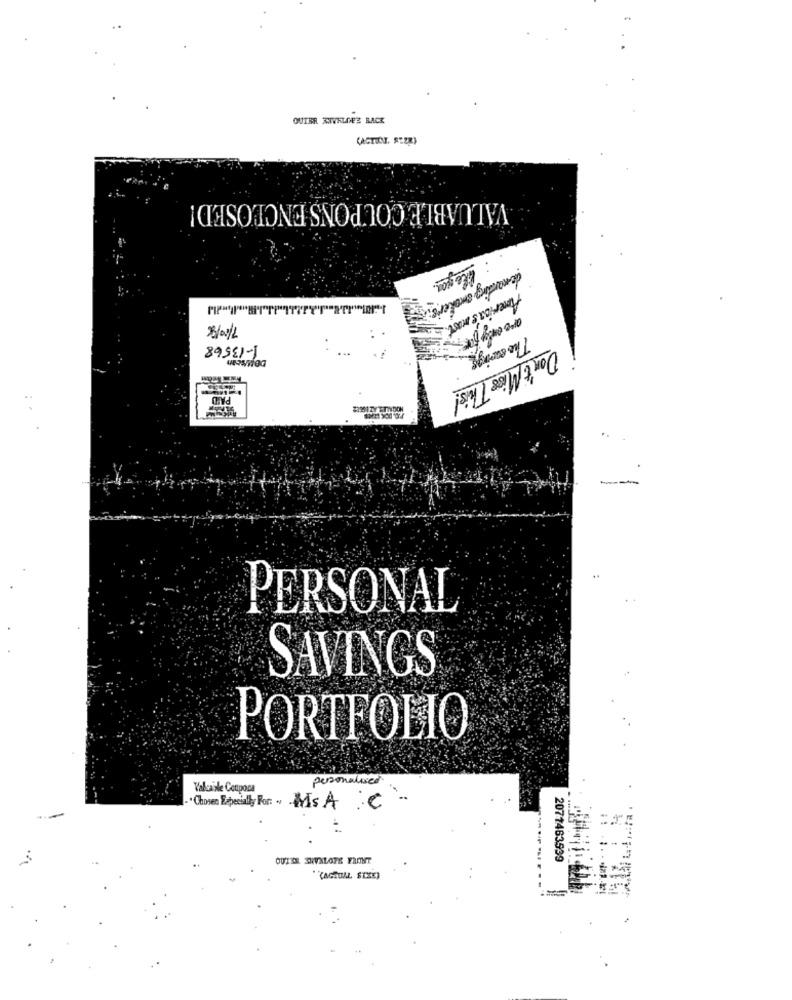
OUTER XIVELOFS BACK
VALUABLE COUPONS ENCLOSED!
like you .
demanding smokers
America's most
: ...
The swing
89551-1
PAPD
Don't Miss This!
-
..
PERSONAL
SAVINGS
PORTFOLIO
personalised
Valeille Coupona
· Chosen Especially For: w MsA .C
2071463539